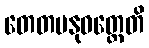
တေတမနုဝတ္တေတိ